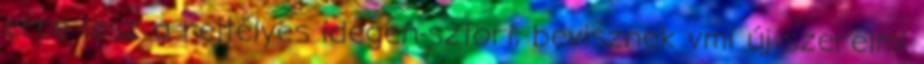
erre lesz a rejtélyes idegen-sztori, bevisznek vmi új szerelmi